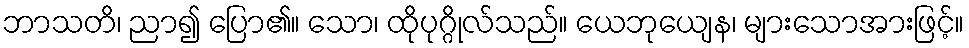
ဘာသတိ၊ ညာ၍ ပြော၏။ သော၊ ထိုပုဂ္ဂိုလ်သည်။ ယေဘုယျေန၊ များသောအားဖြင့်။